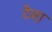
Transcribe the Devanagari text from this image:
टेना